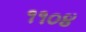
૧૧૦૪